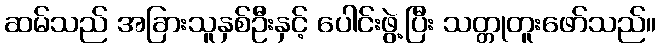
ဆမ်သည် အခြားသူနှစ်ဦးနှင့် ပေါင်းဖွဲ့ပြီး သတ္တုတူးဖော်သည်။